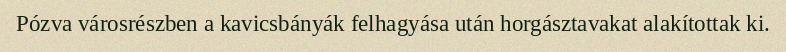
Pózva városrészben a kavicsbányák felhagyása után horgásztavakat alakítottak ki.